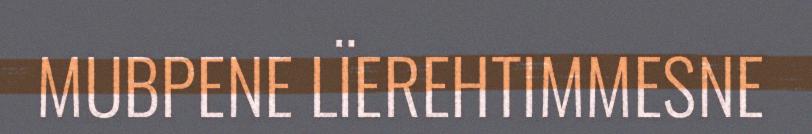
MUBPENE LÏEREHTIMMESNE